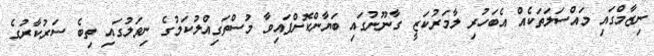
ނިޒާމްގައި މައްސަލަތަކެއް އެބަހުރި ލާމަރުކަޒީ ގާނޫނުގައި ބަޔާންކޮށްފައިވާ މުސްތަގިއްލުކަމުގެ ނިވަލުގައި ތިބެ ސަރުކާރުގެ